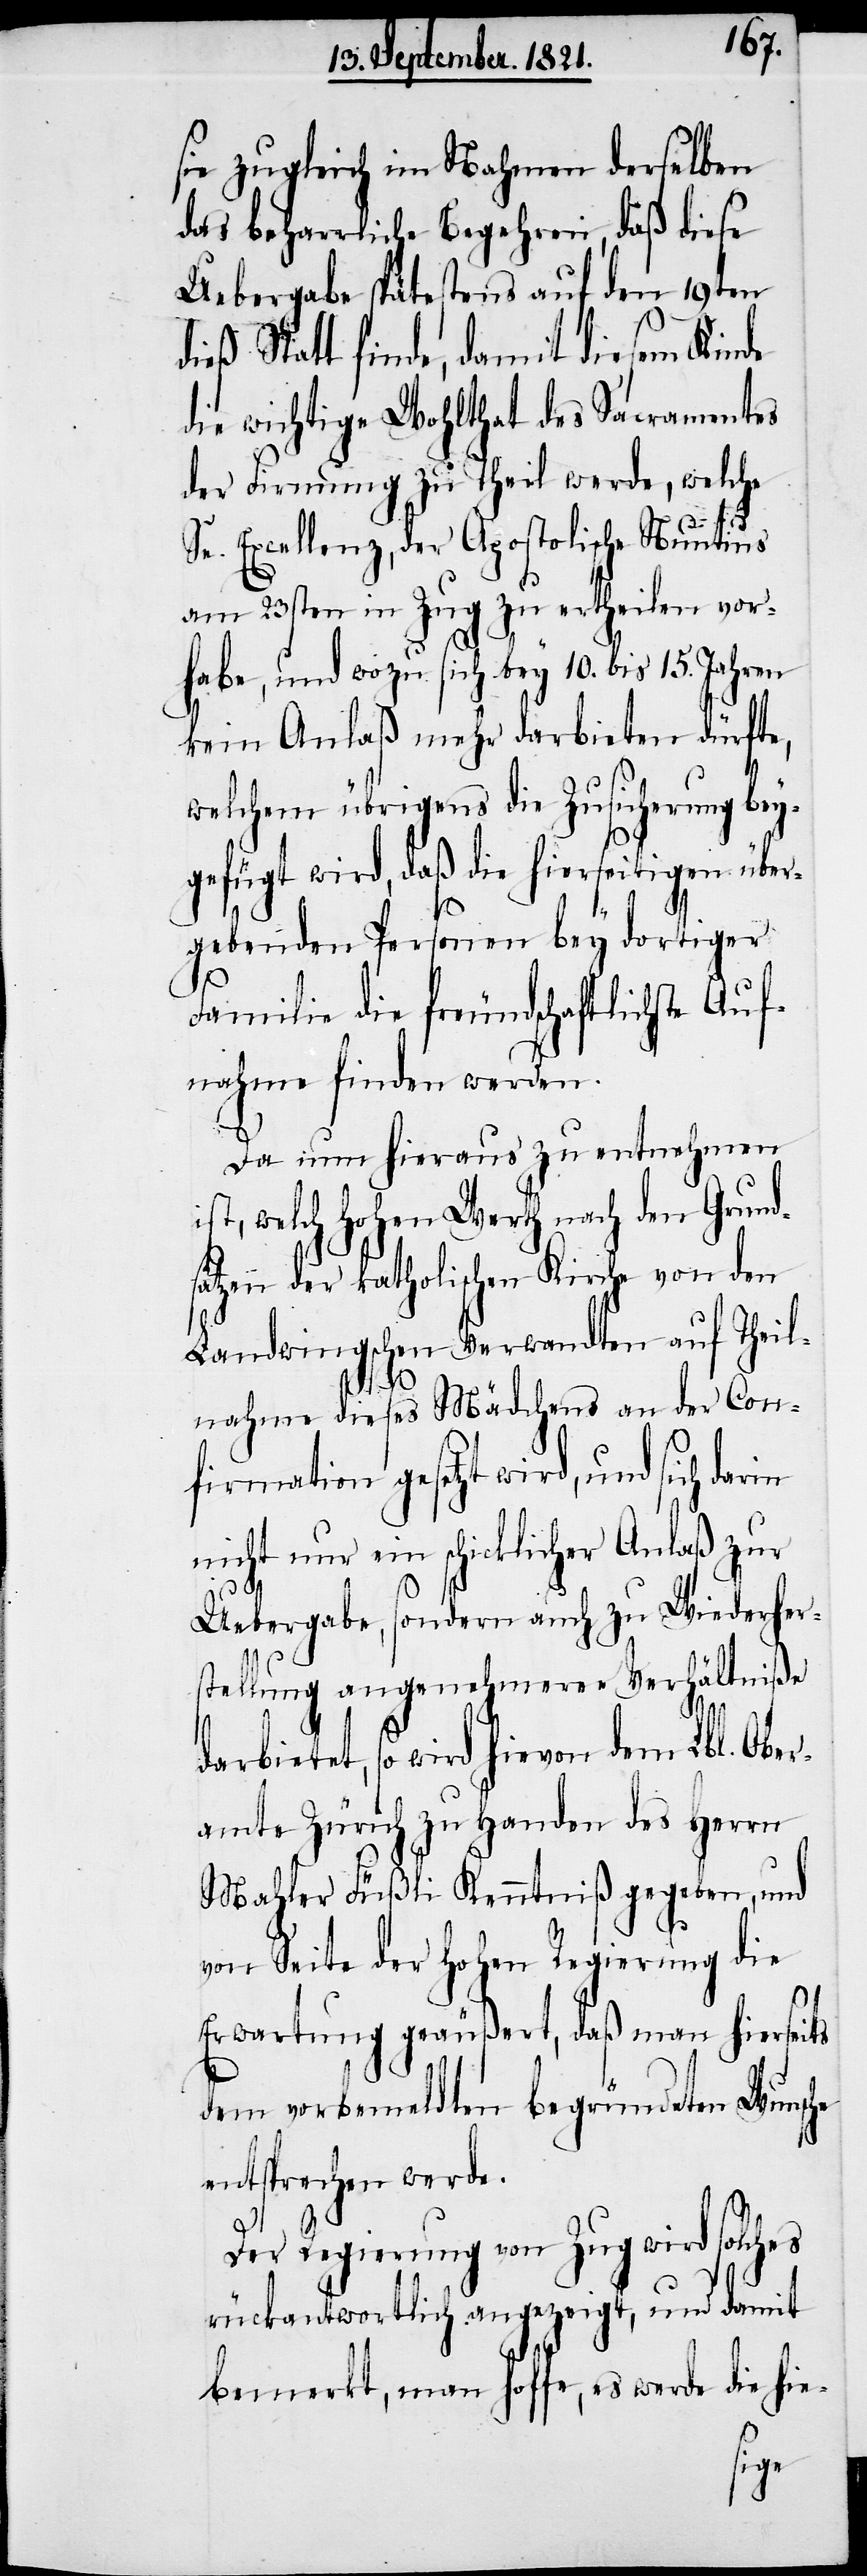
sie zugleich im Nahmen derselben
das beharrliche Begehren, daß diese
Uebergabe spätestens auf den 19ten
ieß Statt finde, damit diesem Kinde
die wichtige Wohltat des Sacramentes
der Firmung zu Theil werde, welche
darb¬
Se. Excellenz, der Apostolische Nuntius
am 23sten in Zug zu ertheilen vor¬
habe, und wozu sich bey 10. bis 15. Jahren
kein Anlaß mehr darbieten dürfte,
welchem übrigens die Zusicherung bey¬
gefügt wird, daß die hierseitigen über¬
gebenden Personen bey dortiger
Familie die freundschaftlichste Auf¬
nahme finden werden.
Da nun hieraus zu entnehmen
ist, welch hohen Werth nach den Grund¬
sätzen der katholischen Kirche von den
Landwingschen Verwandten auf Theil¬
nahme dieses Mädchens an der Con¬
firmation gesetzt wird, und sich darin
nicht nur ein schicklicher Anlaß zur
Uebergabe, sondern auch zu Wiederher¬
stellung angenehmerer Verhältniße
ietet, so wird hievon dem Lbl. Ober¬
amte Zürich zu Handen des Herrn
Mahler Füßli Kenntniß gegeben, und
von Seite der hohen Regierung die
d¬
Erwartung geäußert, daß man hierseits
dem vorbemeldten begründeten Wunsche
entsprechen werde.
Der Regierung von Zug wird solches
rückantwortlich angezeigt, und damit
bemerkt, man hoffe, es werde die hie-